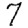
Digit: 7